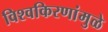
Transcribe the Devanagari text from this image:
विश्वकिरणांमुळे